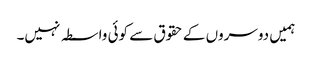
ہمیں دوسروں کے حقوق سے کوئی واسطہ نہیں۔